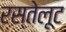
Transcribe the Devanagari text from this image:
रस्तेलूट